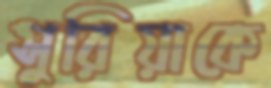
সুরিয়াকে